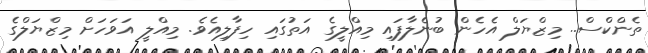
ތެންކްސް.. މިޒްޔަލް އެހެން ބުނެލާފައި މިއްލީގެ އަތުގައި ހިފާލިއެވެ. މިއްލީ އަވަހަށް މިޒްޔަލްގެ